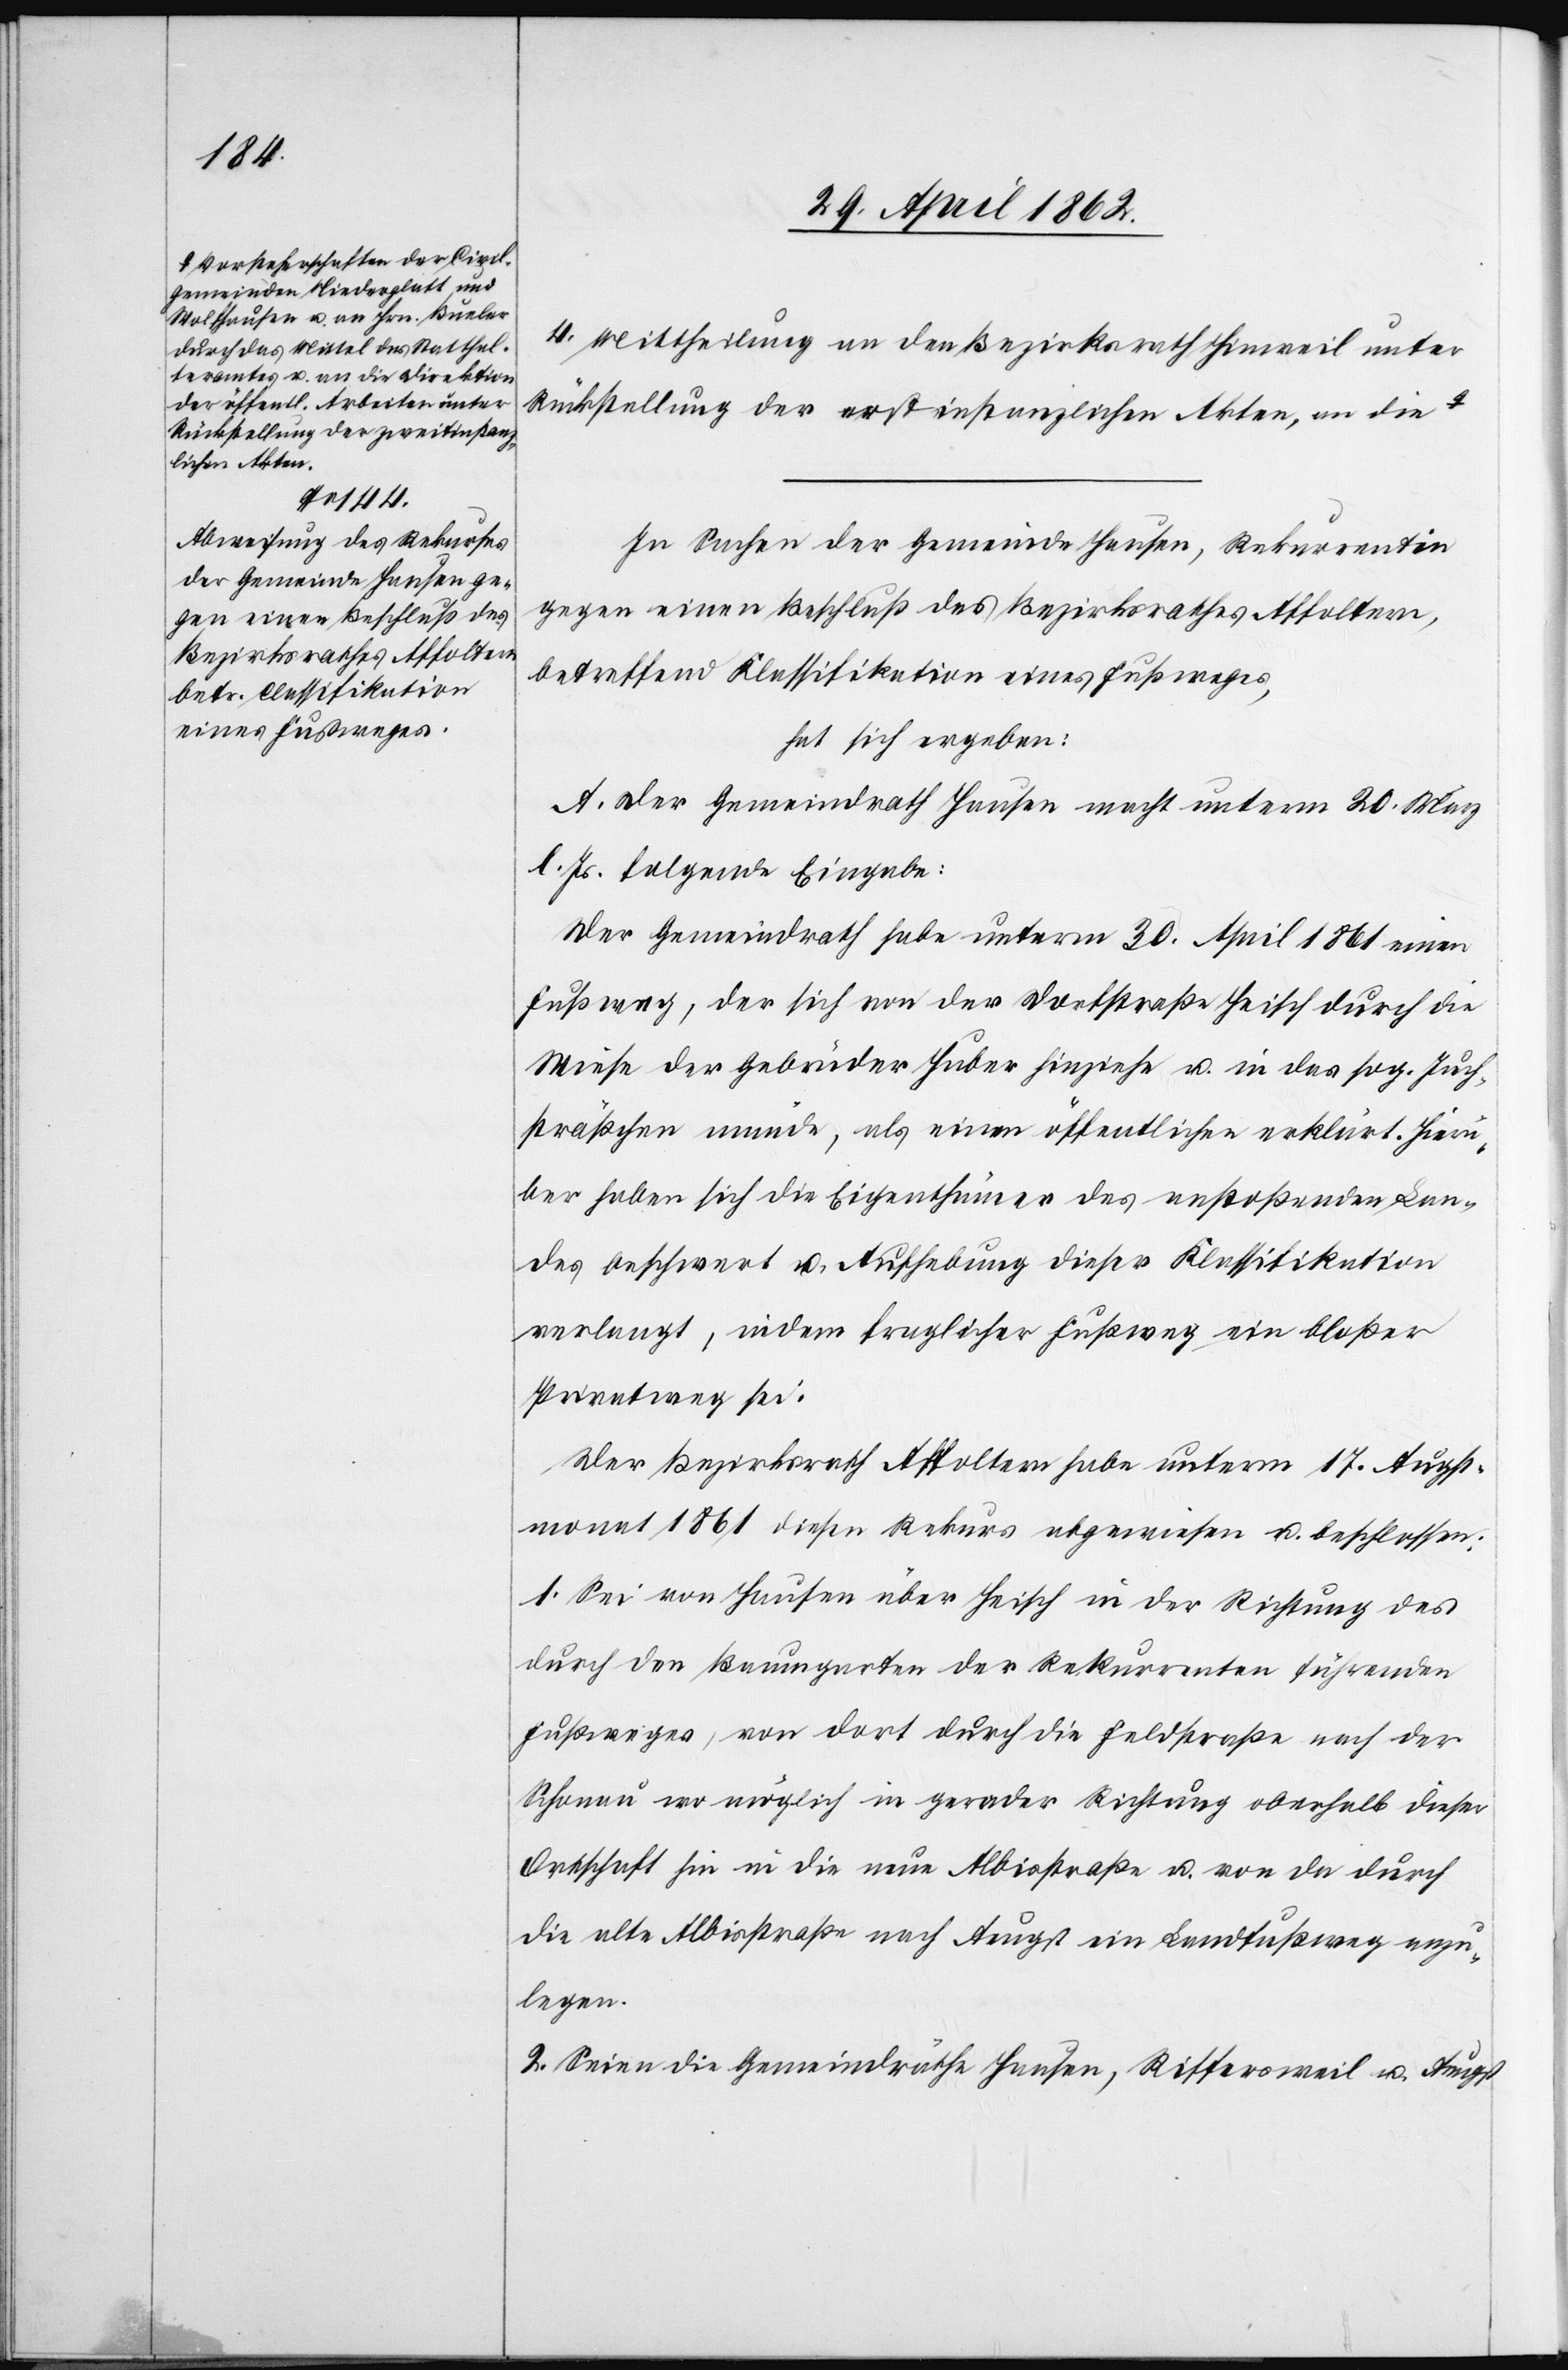
a-Vorsteherschaften der Civil¬
gemeinden Niederglatt und
Wolfhausen u. an Hrn. Bueler
durch das Mittel des Statthal¬
teramtes u. an die Direktion
der öffentl. Arbeiten unter
Rückstellung der zweitinstanz¬
lichen Akten.-a

4. Mittheilung an den Bezirksrath Hinweil unter
Rückstellung der erstinstanzlichen Akten, an die
In Sachen der Gemeinde Hausen, Rekurrentin
gegen einen Beschluß des Bezirksrathes Affoltern,
betreffend Klassifikation eines Fußweges,
hat sich ergeben:
A. Der Gemeindrath Hausen macht unterm 20. März
l. Js. folgende Eingabe:
Der Regierungsrath habe unterm 30. April 1861 einen
Fußweg, der sich von der Dorfstraße Heisch durch die
Wiese der Gebrüder Huber hinziehe u. in das sog. Juch¬
sträßchen münde, als einen öffentlichen erklärt. Hierü¬
ber haben sich die Eigenthümer des anstoßenden Lan¬
des beschwert u. Aufhebung dieser Klassifikation
verlangt, indem fraglicher Fußweg ein bloßer
Privatweg sei.
Der Bezirksrath Affoltern habe unterm 17. Augst¬
monat 1861 diesen Rekurs abgewiesen u. beschlossen:
1. Sei von Hausen über Heisch in der Richtung des
durch den Baumgarten der Rekurrenten führenden
Fußweges, von dort durch die Feldstraße nach der
Schonau wo möglich in gerader Richtung oberhalb dieser
Ortschaft hin in die neue Albisstraße u. von da durch
die alte Albisstraße nach Aeugst ein Landfußweg anzu¬
legen.
2. Seien die Gemeindräthe Hausen, Riffersweil u. Aeugst